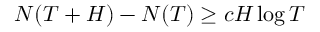
N ( T + H ) - N ( T ) \geq c H \log T